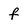
Character: f